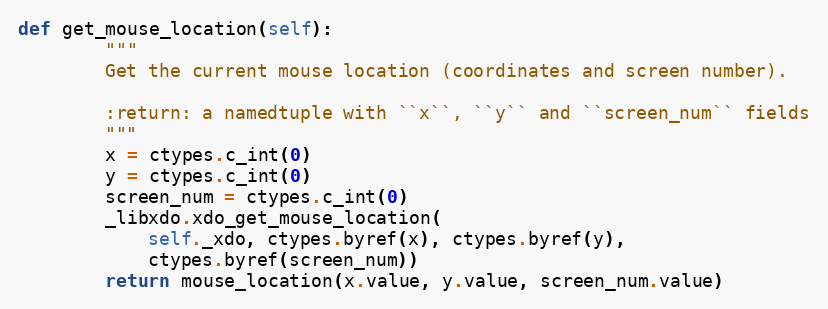
Language: Python
def get_mouse_location(self):
        """
        Get the current mouse location (coordinates and screen number).

        :return: a namedtuple with ``x``, ``y`` and ``screen_num`` fields
        """
        x = ctypes.c_int(0)
        y = ctypes.c_int(0)
        screen_num = ctypes.c_int(0)
        _libxdo.xdo_get_mouse_location(
            self._xdo, ctypes.byref(x), ctypes.byref(y),
            ctypes.byref(screen_num))
        return mouse_location(x.value, y.value, screen_num.value)